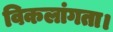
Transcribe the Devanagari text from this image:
विकलांगता।